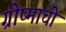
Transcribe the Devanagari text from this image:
ग्रीष्माची